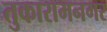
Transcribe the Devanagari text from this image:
तुकारामनगर